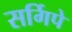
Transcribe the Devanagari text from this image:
सर्गिपे